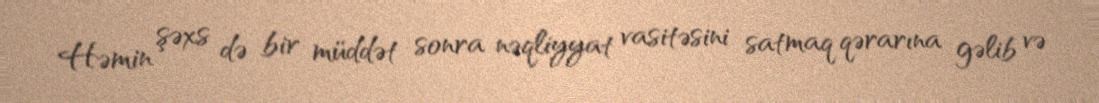
Həmin şəxs də bir müddət sonra nəqliyyat vasitəsini satmaq qərarına gəlib və